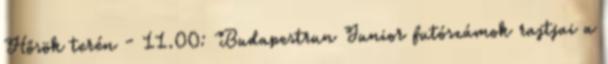
Hősök terén - 11.00: Budapestrun Junior futószámok rajtjai a